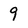
Character: 9